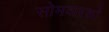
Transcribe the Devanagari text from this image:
सोमवारको